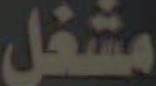
مشغل